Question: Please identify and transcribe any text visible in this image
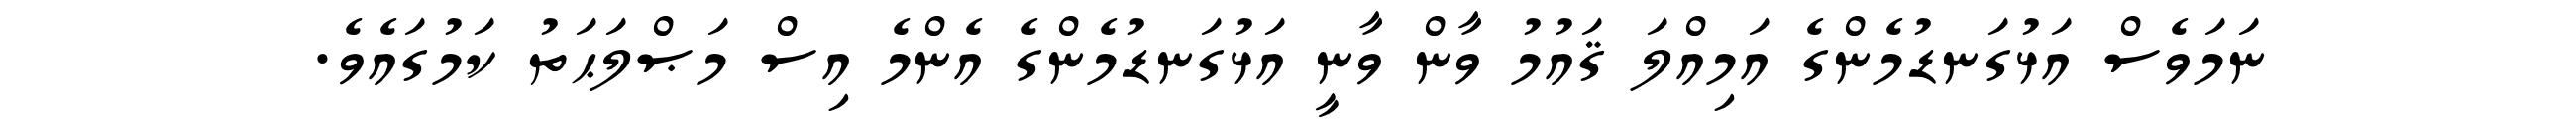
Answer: ނަމަވެސް އަޅުގަނޑުމެންގެ އަމިއްލަ ޤައުމު ވާން ވާނީ އަޅުގަނޑުމެންގެ އެންމެ އިސް މަޞްލަޙަތު ކަމުގައެވެ.